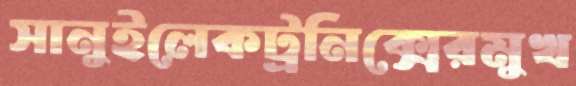
সানুইলেকট্রনিক্সেরমুখ